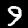
Label: 9